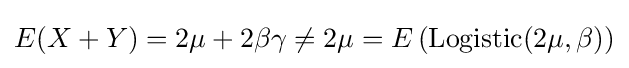
E(X+Y)=2\mu +2\beta \gamma \neq 2\mu =E\left(\mathrm {Logistic} (2\mu ,\beta )\right)